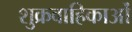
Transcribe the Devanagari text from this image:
शुक्रवाहिकाओं